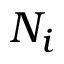
N _ { i }